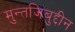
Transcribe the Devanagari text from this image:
मुन्तजिबुद्दीन